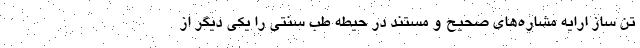
تن ساز ارایه مشاره‌های صحیح و مستند در حیطه طب سنتی را یکی دیگر از